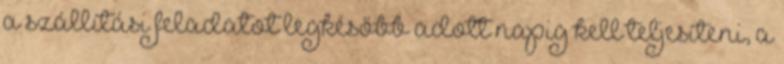
a szállítási feladatot legkésőbb adott napig kell teljesíteni, a